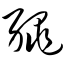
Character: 绳